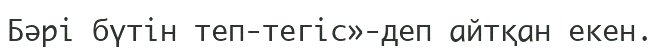
Бәрі бүтін теп-тегіс»-деп айтқан екен.